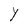
Character: Y